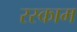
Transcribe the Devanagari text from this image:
रस्काम